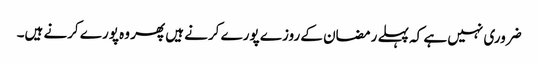
ضروری نہیں ہے کہ پہلے رمضان کے روزے پورے کرنے ہیں پھر وہ پورے کرنے ہیں۔